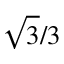
{ \sqrt { 3 } } / 3